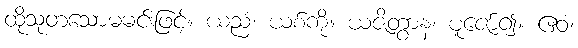
ထိုသုတသောမမင်းဖြင့်။ ယညံ၊ ယစ်ကို။ ယဇိတွာန၊ ပူဇော်၍။ ဧဝံ၊